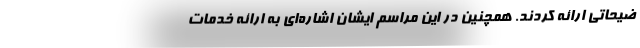
ضیحاتی ارائه کردند. همچنین در این مراسم ایشان اشاره‌ای به ارائه خدمات